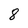
Character: 8